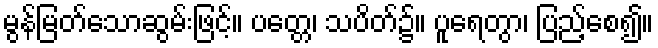
မွန်မြတ်သောဆွမ်းဖြင့်။ ပတ္တေ၊ သပိတ်၌။ ပူရေတွာ၊ ပြည့်စေ၍။